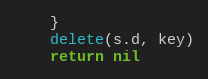
Language: Go
	}
	delete(s.d, key)
	return nil